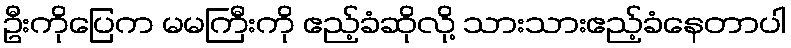
ဦးကိုပြေက မမကြီးကို ဧည့်ခံဆိုလို့ သားသားဧည့်ခံနေတာပါ